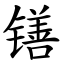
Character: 䦅